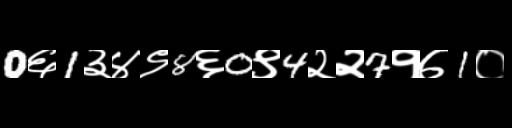
Text: 0६1३४९8६0९4२२7१७1०